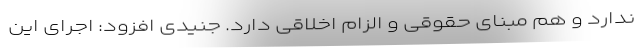
ندارد و هم مبنای حقوقی و الزام اخلاقی دارد. جنیدی افزود: اجرای این